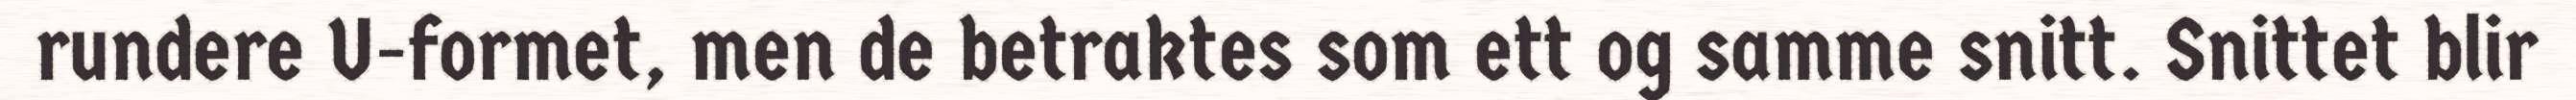
rundere U-formet, men de betraktes som ett og samme snitt. Snittet blir